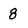
Character: 8